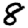
Digit: 8